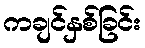
ကချင်နှစ်ခြင်း